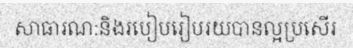
សាធារណ:និងរបៀបរៀបរយបានល្អប្រសើរ